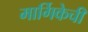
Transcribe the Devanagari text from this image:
मार्गिकेची